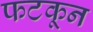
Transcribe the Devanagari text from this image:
फटकून